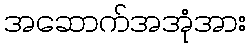
အဆောက်အအုံအား